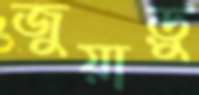
জুয়াড়ু